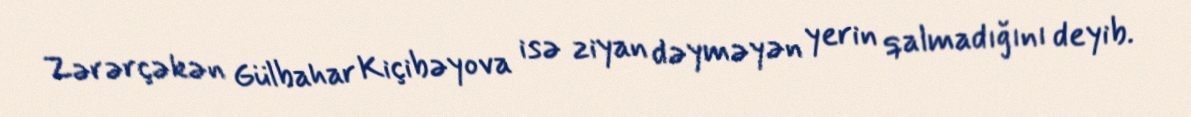
Zərərçəkən Gülbahar Kiçibəyova isə ziyan dəyməyən yerin qalmadığını deyib.